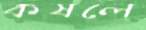
কষলে